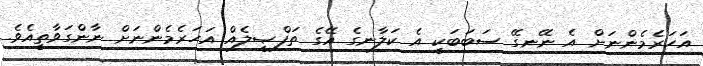
އަހަރެމެންނަށް އެ ނޭނގޭ ސަބަބަކީ އެ ކަލާނގެ އޭގެ ތަފްޞީލެއް އަހަރެމެންނަށް ނާންގަވާތީއެވެ.